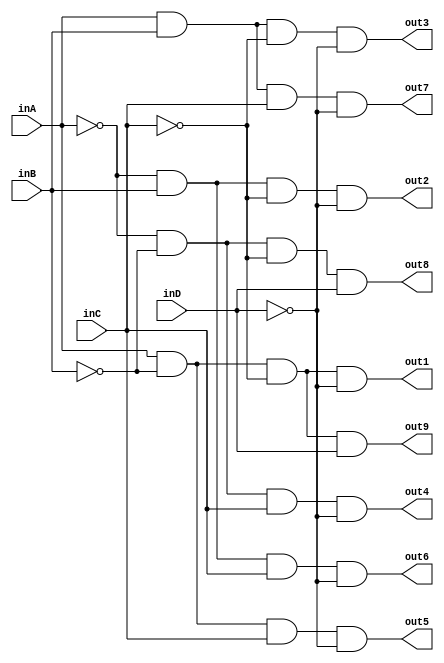

`timescale 1ns / 1ps


module bcd(
input inA,
input inB,
input inC,
input inD,
//output out0,
output out1,
output out2,
output out3,
output out4,
output out5,
output out6,
output out7,
output out8,
output out9
    );
    
//    assign out0= (~inA)&(~inB)&(~inC)&(~inD);  //A'b'c'd'
    assign out1 = (inA)&(~inB)&(~inC)&(~inD);   //ab'c'd'
    assign out2 = (~inA)&(inB)&(~inC)&(~inD);   //a'bc'd'
    assign out3 = (inA)&(inB)&(~inC)&(~inD);    //abc'd'
    assign out4 = (~inA)&(~inB)&(inC)&(~inD);    //a'b'cd'
    assign out5 = (inA)&(~inB)&(inC)&(~inD);    //ab'cd'
    assign out6 = (~inA)&(inB)&(inC)&(~inD);    //a'bcd'    
    assign out7 = (inA)&(inB)&(inC)&(~inD);    //abcd'
    assign out8 = (~inA)&(~inB)&(~inC)&(inD);      //a'b'c'd
    assign out9 = (inA)&(~inB)&(~inC)&(inD);      //ab'c'd
    
    
    
endmodule